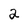
Character: 2